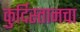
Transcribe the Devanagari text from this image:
कुर्दिस्तानचा